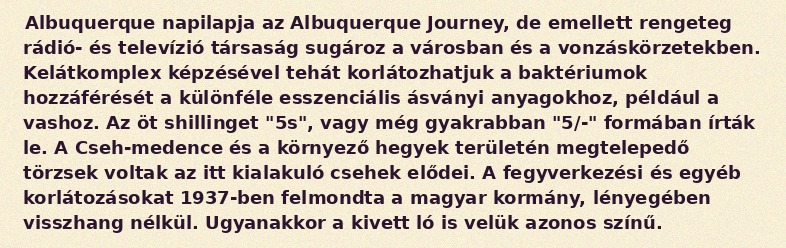
Albuquerque napilapja az Albuquerque Journey, de emellett rengeteg rádió- és televízió társaság sugároz a városban és a vonzáskörzetekben. Kelátkomplex képzésével tehát korlátozhatjuk a baktériumok hozzáférését a különféle esszenciális ásványi anyagokhoz, például a vashoz. Az öt shillinget "5s", vagy még gyakrabban "5/-" formában írták le. A Cseh-medence és a környező hegyek területén megtelepedő törzsek voltak az itt kialakuló csehek elődei. A fegyverkezési és egyéb korlátozásokat 1937-ben felmondta a magyar kormány, lényegében visszhang nélkül. Ugyanakkor a kivett ló is velük azonos színű.